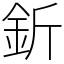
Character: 釿